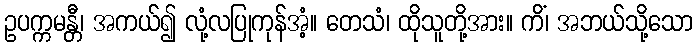
ဥပက္ကမန္တီ၊ အကယ်၍ လုံ့လပြုကုန်အံ့။ တေသံ၊ ထိုသူတို့အား။ ကိံ၊ အဘယ်သို့သော